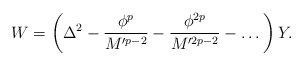
\begin{align*}W = \left(\Delta^2 - \frac{\phi^p}{M'^{p-2}} - \frac{\phi^{2p}}{M'^{2p-2}} - \dots \right)Y.\end{align*}